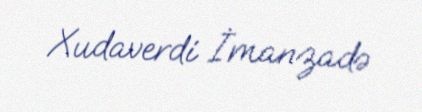
Xudaverdi İmanzadə